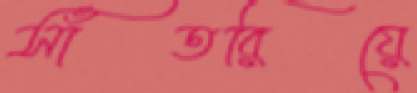
সাঁতরিয়ে